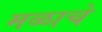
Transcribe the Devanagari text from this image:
मळाचे